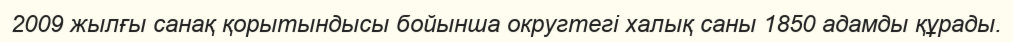
2009 жылғы санақ қорытындысы бойынша округтегі халық саны 1850 адамды құрады.